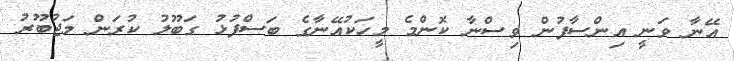
އޭނާ ވަނީ އިންސާފުން ވިސްނާ ކޮންމެ މީހަކުއޭނާގެ ބަސްފުޅު ގަބޫލު ކުރަން މަޖުބޫރު